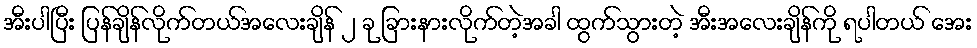
အီးပါပြီး ပြန်ချိန်လိုက်တယ်အလေးချိန် ၂ ခု ခြားနားလိုက်တဲ့အခါ ထွက်သွားတဲ့ အီးအလေးချိန်ကို ရပါတယ် အေး